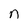
Character: n